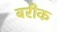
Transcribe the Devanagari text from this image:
बरीक